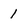
Character: 1